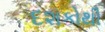
દશકોથી